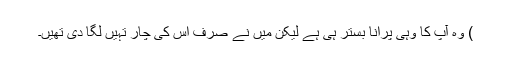
) وہ آپ کا وہی پرانا بستر ہی ہے لیکن میں نے صرف اُس کی چار تہیں لگا دی تھیں۔